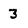
Character: 3